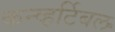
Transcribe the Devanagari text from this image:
कन्व्हर्टिबल